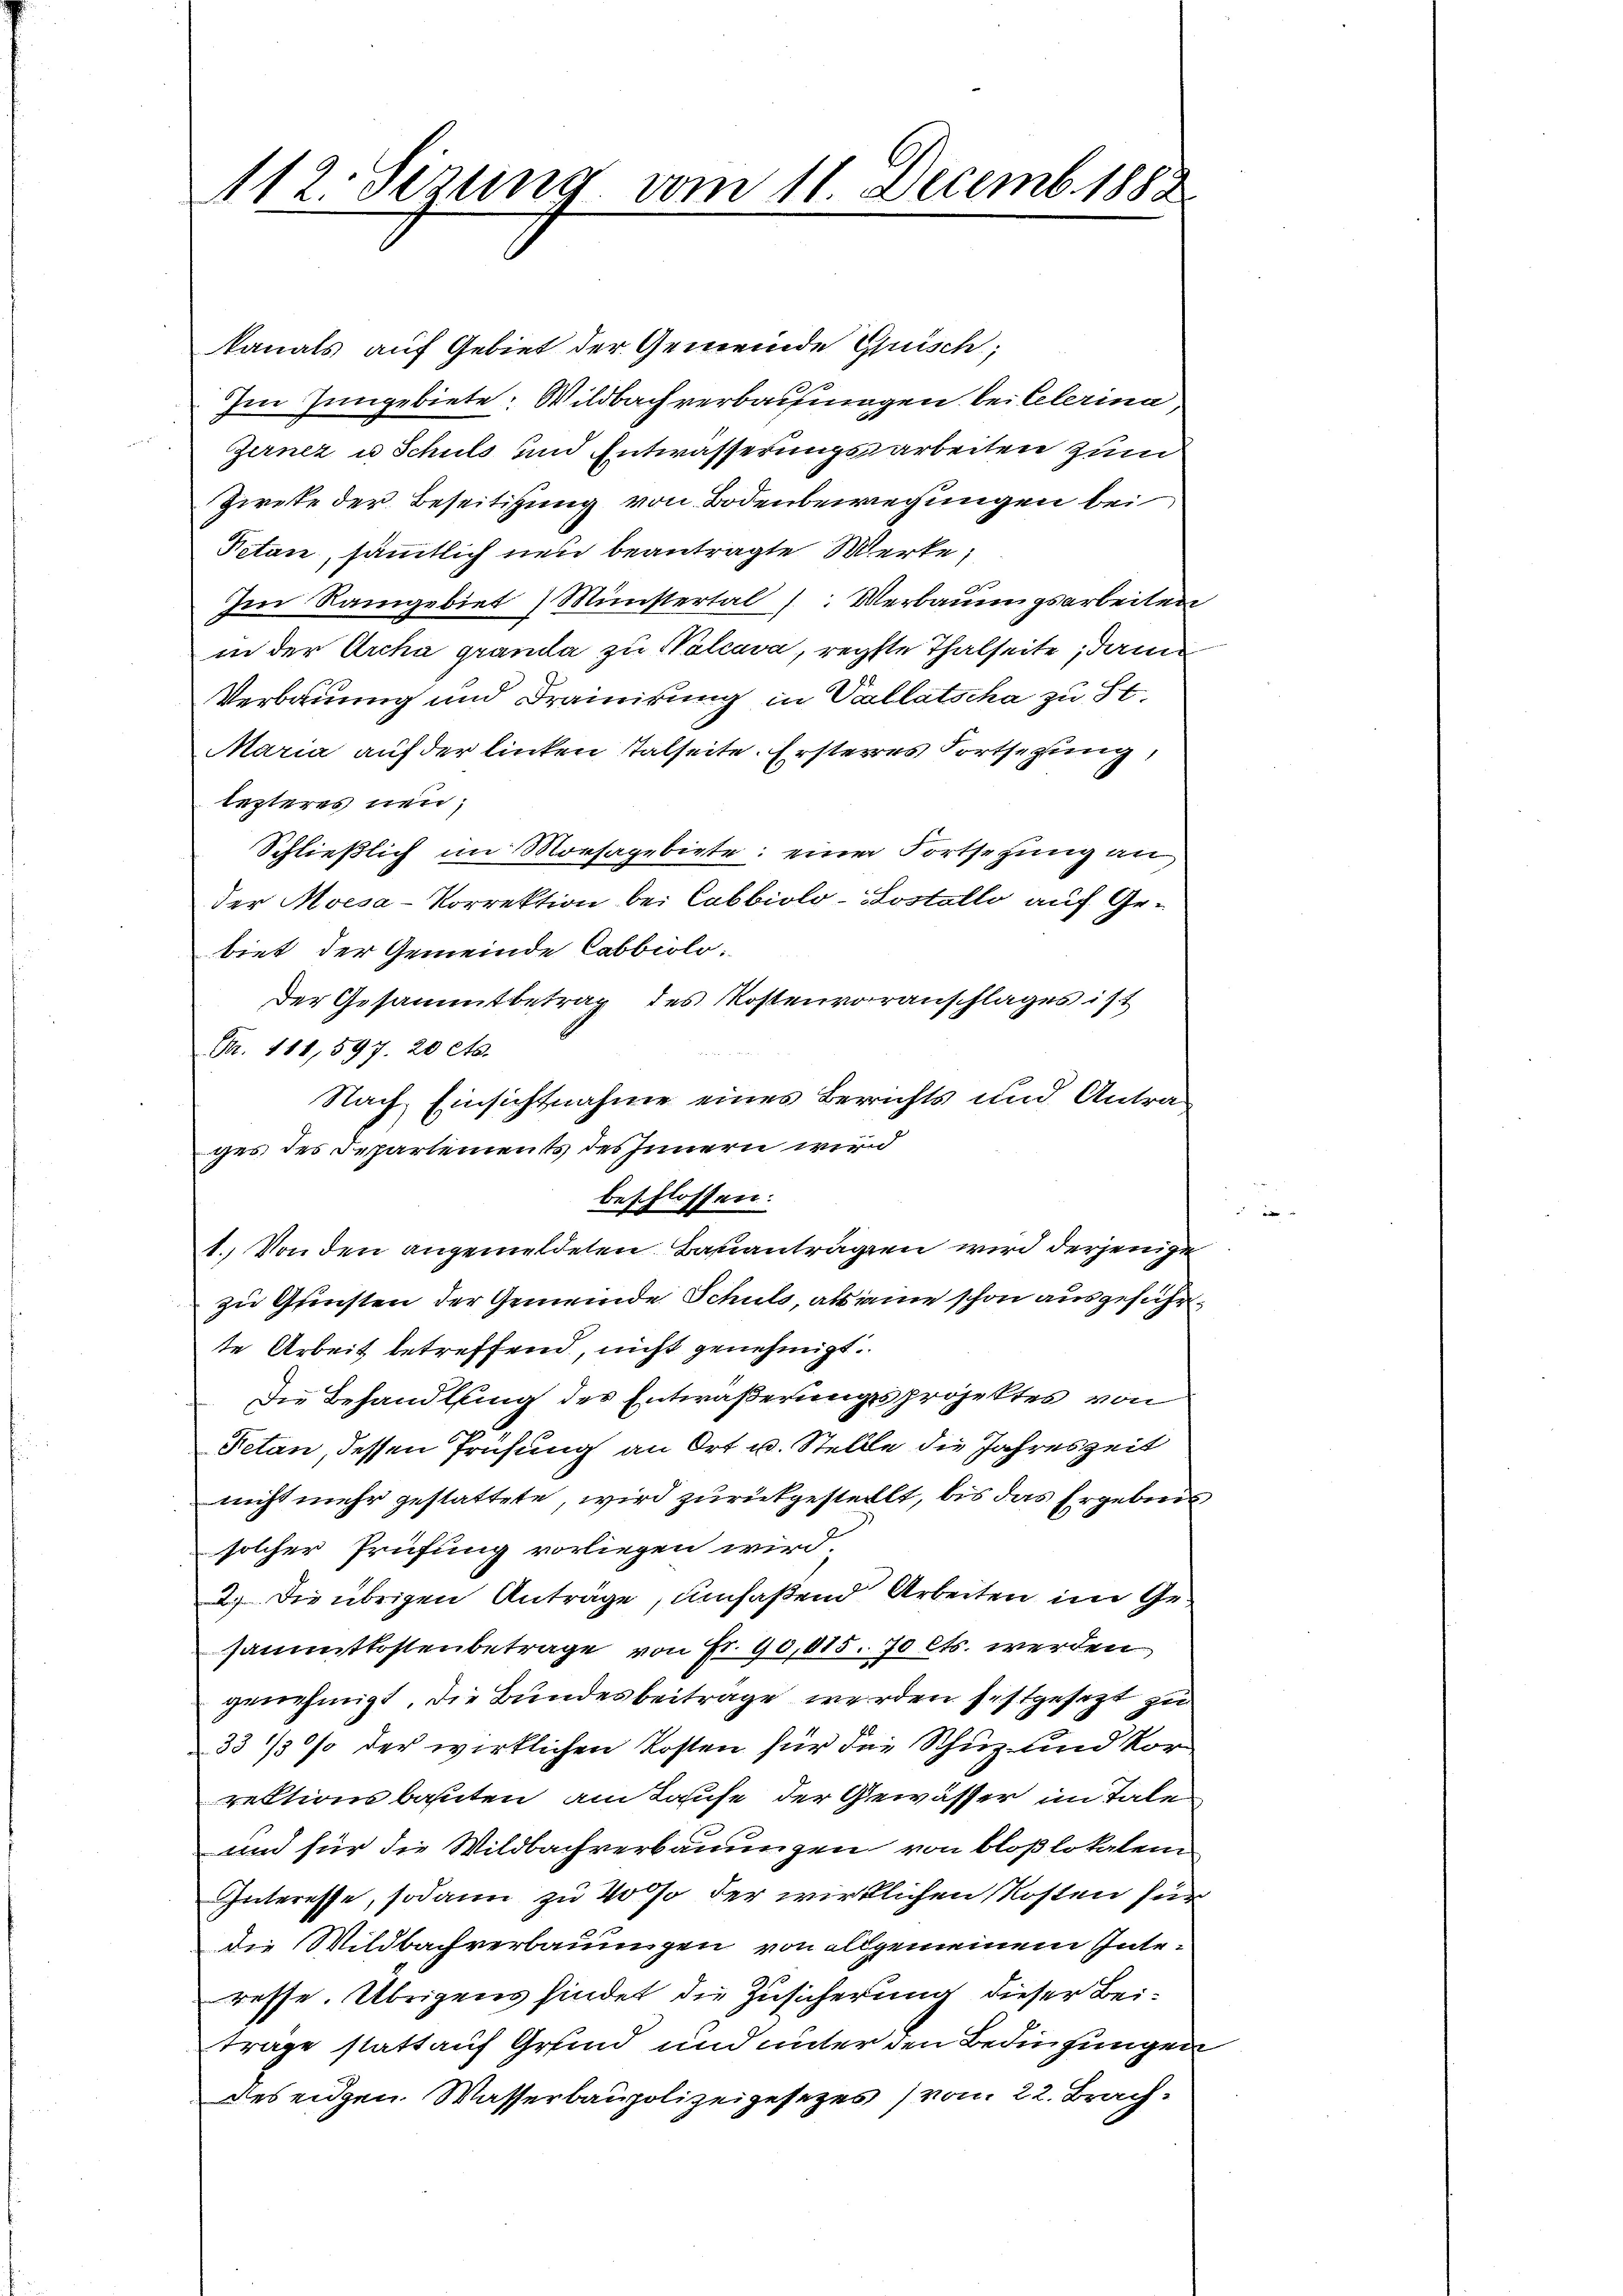
A12. Sezung vom 11. Decemb. 1883

kanals auf Gebiet der Gemeinde Guisch,
Im Zungebiete: Wildbach verbauungen bei Celerina
Zerner u Schuls und Entwässerungsarbeiten zum
Ziete der Beseitigung von Bodenbewegungen bei
Petan, sämmtlich neu beantragte Werke;
Im Rangebiet Münstertal 1: Verbauungsarbeiten
in der Archa granda zu Walcava, regste Thalseite, dami
Verbauung und Drainirung in Collatscha zu St.
Maria auf der linken Talseite. Ersteres Fortsetzung
lezteres neu,
Schließlich im Morsagebiete: einer Fortsetzung an
der Moesa-Korrektion bei Cabbiolo-Sostallo auf Gebiet der Gemeinde Cabbiolo.
Der Gesammtbetrag des Kostenvoranschlages ist
Fr. 411,597. 20 cts.
Nach Einsichtnahme eines Berichts und Antrages des Departements des Innern wird
beschlossen:
1. Von den angemeldeten Bauantragen wird derjenige
zu Gunsten der Gemeinde Schuld, als eine schon ausgeführte Arbeit betreffend, nicht genehmigt.
Die Behandlung des Entwäßerungsprojektes von
Petan, dessen Prüfung an Ort u. Stelle die Jahreszeit
nicht mehr gestattete, wird zurükgestellt, bis das Ergebens
solcher Prüfung vorliegen wird.
2.) Die übrigen Anträge, umfaßend Arbeiten im Gesammtkostenbetrage von Fr. 90,015. 70 cts. werden
genehmigt, die Bundesbeitrage werden festgesezt zu
33 1/3 % der wirklichen Kosten für die Schuz und Korrektionsbahnten am Laufe der Gewässer in Tale
und für die Wildbachverbauungen von bloßlokalem
Interesse, sodann zu 40 so der wirklichen Kosten für
die Wildbachverbauungen von allgemeinem Interesse. Übrigens findet die Zusicherung dieser Beitrage statt auf Grund und unter den Bedingungen
Des eidgen. Wasserbaupolizeigesezes (von 22. Brach¬